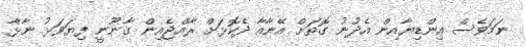
ނަމަވެސް އިންޑިޔާއިން އެދުނު ގޮތަށް އޭނާއާ ދެކޮޅަށް ރާއްޖެއިން ގާނޫނީ ފިޔަވަޅު ނާޅާ